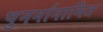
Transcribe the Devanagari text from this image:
पुनर्नानामित